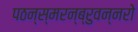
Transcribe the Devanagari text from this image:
पठन्स्मरन्ब्रुवन्नरो